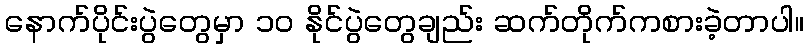
နောက်ပိုင်းပွဲတွေမှာ ၁၀ နိုင်ပွဲတွေချည်း ဆက်တိုက်ကစားခဲ့တာပါ။